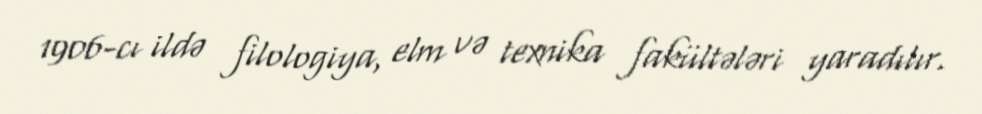
1906-cı ildə filologiya, elm və texnika fakültələri yaradılır.